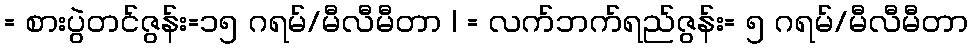
= စားပွဲတင်ဇွန်း=၁၅ ဂရမ်/မီလီမီတာ | = လက်ဘက်ရည်ဇွန်း= ၅ ဂရမ်/မီလီမီတာ